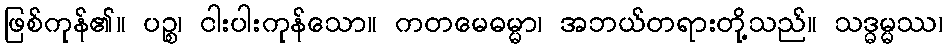
ဖြစ်ကုန်၏။ ပဉ္စ၊ ငါးပါးကုန်သော။ ကတမေဓမ္မာ၊ အဘယ်တရားတို့သည်။ သဒ္ဓမ္မဿ၊